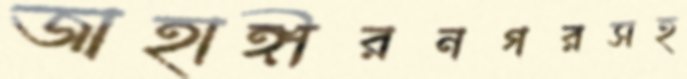
জাহাঙ্গীরনগরসহ